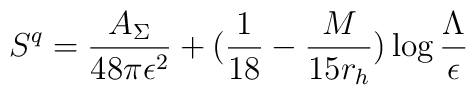
S^q={A_\Sigma \over 48\pi \epsilon^2}+({1 \over 18}-{M \over 15r_h}) \log{\Lambda \over \epsilon}